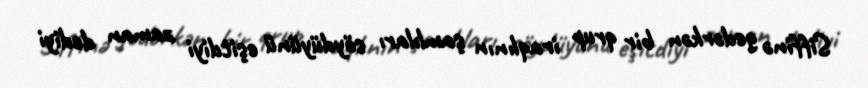
Siffinə gedərkən bir qrup iraqlının şamlıları söydüyünü eşitdiyi zaman dediyi